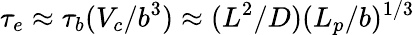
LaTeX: \tau_{e}\approx\tau_{b}(V_{c}/b^{3})\approx(L^{2}/D)(L_{p}/b)^{1/3}